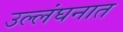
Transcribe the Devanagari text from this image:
उल्लंघनात